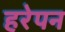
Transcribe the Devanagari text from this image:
हरेपन